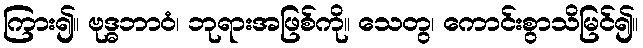
ကြား၍။ ဗုဒ္ဓဘာဝံ၊ ဘုရားအဖြစ်ကို။ သေတွ၊ ကောင်းစွာသိမြင်၍။